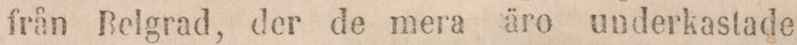
från Belgrad, der de mera äro underkastade